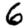
Digit: 6